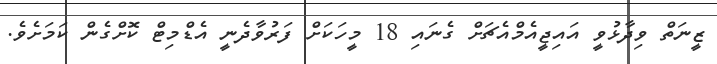
ޒީނަތް ވިދާޅުވީ އައިޖީއެމްއެޗަށް ގެނައި 18 މީހަކަށް ފަރުވާދެނީ އެޑްމިޓް ކޮށްގެން ކަމަށެވެ.